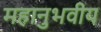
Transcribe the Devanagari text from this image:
महानुभवीय